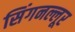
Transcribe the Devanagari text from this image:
सिंगनल्लूर